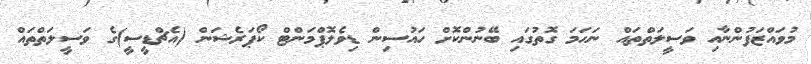
މުވައްޒަފުންނާއި ވަސީލަތްތައް ނަހަމަ ގޮތުގައި ބޭނުންކޮށް ހައުސިން ޑިވެލޮޕްމަންޓް ކޯޕަރެޝަން (އެޗްޑީސީ)ގެ ވަސީލަތްތައް